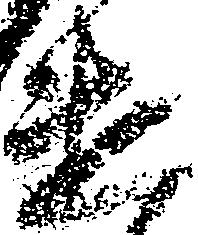
遣